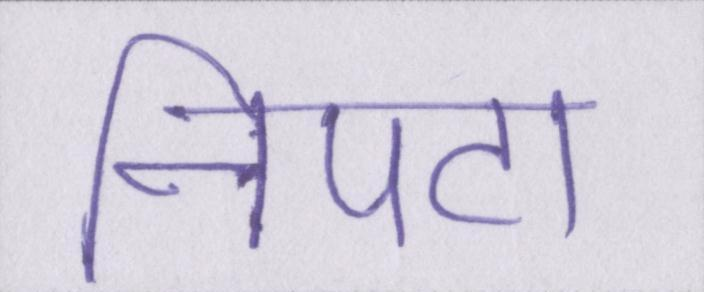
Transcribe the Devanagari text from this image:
निपटा